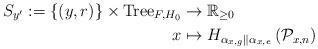
LaTeX: \begin{align*}S_{y'}:=\{(y,r)\}\times{\rm Tree}_{F,H_{0}} & \to\mathbb{R}_{\ge0}\\x & \mapsto H_{\alpha_{x,g}\parallel\alpha_{x,e}}\left(\mathcal{P}_{x,n}\right)\end{align*}